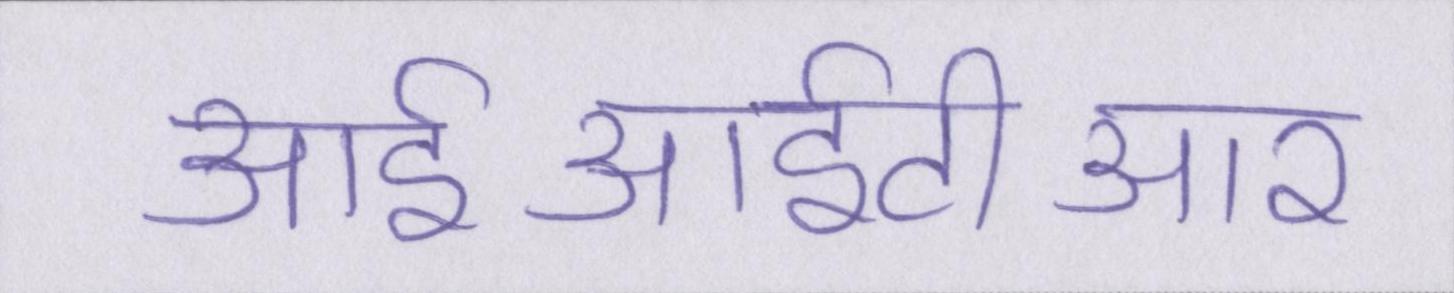
आईआईटीआर